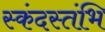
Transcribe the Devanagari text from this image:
स्कंदस्तंभि